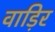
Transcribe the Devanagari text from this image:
वाड़िर